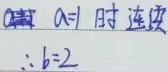
当 \(a = 1\) 时连续，\(\therefore b = 2\)